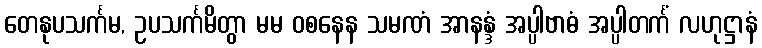
တေနုပသင်္ကမ, ဥပသင်္ကမိတွာ မမ ဝစနေန သမဏံ အာနန္ဒံ အပ္ပါဗာဓံ အပ္ပါတင်္ကံ လဟုဋ္ဌာနံ